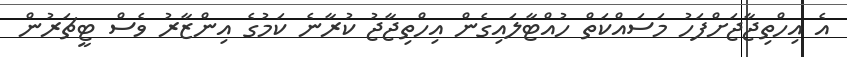
އެ އިހްތިޖާޖަށްފަހު މަސައްކަތް ހުއްޓާލައިގެން އިހްތިޖާޖު ކުރާނެ ކަމުގެ އިންޒާރު ވެސް ޓީޗަރުން